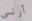
أرني